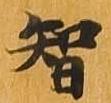
智